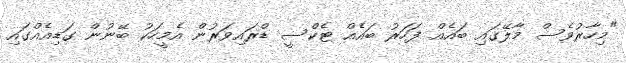
"މިހާރުވެސް މާލޭގައި ބައެއް ފަހަރު ބައެއް ޓެކްސީ ޑްރައިވަރުން އެމީހަކު ބޭނުން ގަޑިއެއްގައި